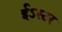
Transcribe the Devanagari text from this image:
ईऽस्टर